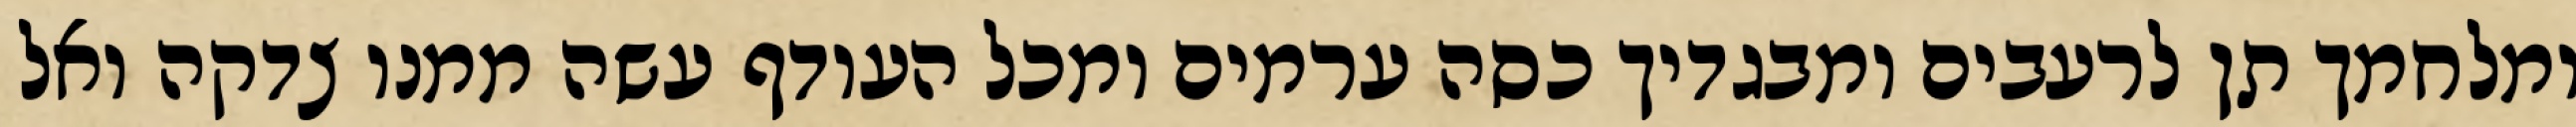
ומלחמך תן לרעבים ומבגדיך כסה ערמים ומכל העודף עשה ממנו צדקה ואל